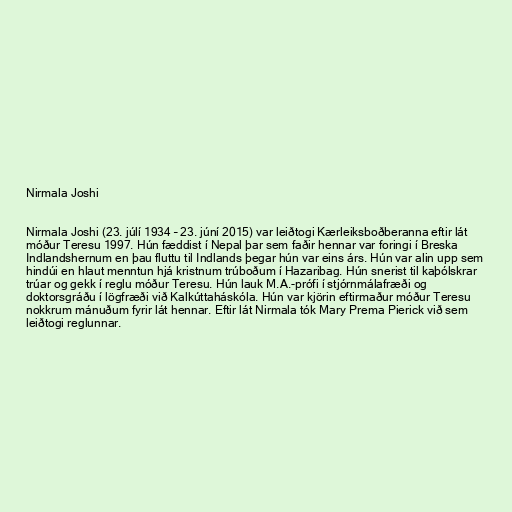
Nirmala Joshi

Nirmala Joshi (23. júlí 1934 – 23. júní 2015) var leiðtogi Kærleiksboðberanna eftir lát
móður Teresu 1997. Hún fæddist í Nepal þar sem faðir hennar var foringi í Breska
Indlandshernum en þau fluttu til Indlands þegar hún var eins árs. Hún var alin upp sem
hindúi en hlaut menntun hjá kristnum trúboðum í Hazaribag. Hún snerist til kaþólskrar
trúar og gekk í reglu móður Teresu. Hún lauk M.A.-prófi í stjórnmálafræði og
doktorsgráðu í lögfræði við Kalkúttaháskóla. Hún var kjörin eftirmaður móður Teresu
nokkrum mánuðum fyrir lát hennar. Eftir lát Nirmala tók Mary Prema Pierick við sem
leiðtogi reglunnar.